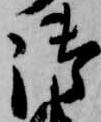
御